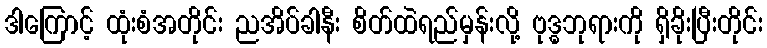
ဒါကြောင့် ထုံးစံအတိုင်း ညအိပ်ခါနီး စိတ်ထဲရည်မှန်းလို့ ဗုဒ္ဓဘုရားကို ရှိခိုးပြီးတိုင်း